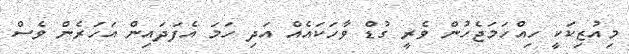
މިއުޒިކަކީ ހިއްހަމަޖެހުން ވެރީ ގުޑް ވާހަކައެއް އަދި ހަމަ އެފަދައިން އަހަރެން ވެސް